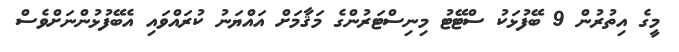
މީގެ އިތުރުން 9 ބޭފުޅަކު ސްޓޭޓު މިނިސްޓަރުންގެ މަޤާމަށް އައްޔަނު ކުރައްވައި އެބޭފުޅުންނަށްވެސް